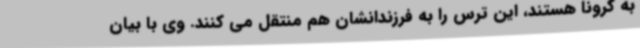
به کرونا هستند، این ترس را به فرزندانشان هم منتقل می کنند. وی با بیان